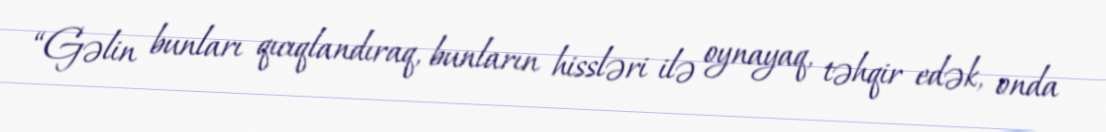
“Gəlin bunları qıcıqlandıraq, bunların hissləri ilə oynayaq, təhqir edək, onda